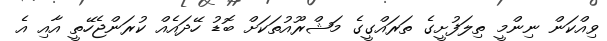
ވިއްކަން ނިންމީ ތިލަފުށީގެ ތަރައްގީގެ މަޝްރޫއުތަކަށް ބޮޑު ހޭދައެއް ކުރަންޖެހޭތީ އާއި އެ